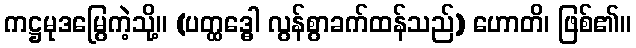
ကဋ္ဌမုဒမြွေကဲ့သို့။ (ပတ္ထဒ္ဓေါ လွန်စွာခက်ထန်သည်) ဟောတိ၊ ဖြစ်၏။